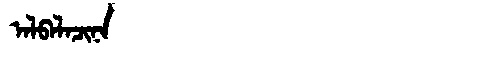
Manchu: ᠠᠯᠪᠠᠯᠠᠴᡳᠨᠠ
Romanization: ALBALACINA